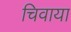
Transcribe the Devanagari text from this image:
चिवाया